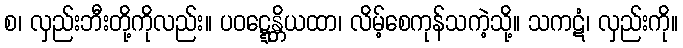
စ၊ လှည်းဘီးတို့ကိုလည်း။ ပဝဋ္ဋေန္တိယထာ၊ လိမ့်စေကုန်သကဲ့သို့။ သကဋံ၊ လှည်းကို။